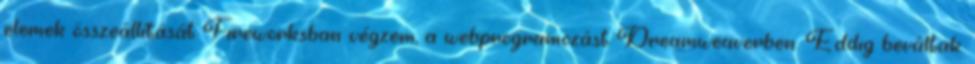
elemek összeállítását Fireworksban végzem, a webprogramozást Dreamweaverben. Eddig beváltak.